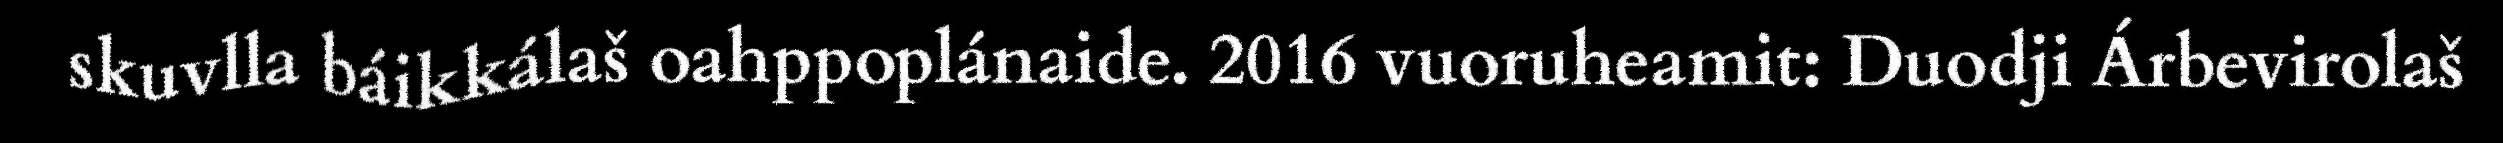
skuvlla báikkálaš oahppoplánaide. 2016 vuoruheamit: Duodji Árbevirolaš